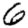
Digit: 6